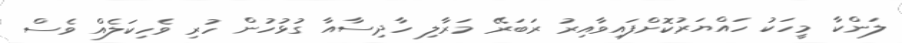
ލަންކާ މީހަކު ހައްޔަރުކޮށްފައިވާއިރު ރަބަރޭ މަރާލި ހާދިސާއާ ގުޅުހުން ހުރި ވެހިކަލެއް ވެސް